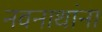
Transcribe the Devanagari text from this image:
नवनाथांना